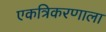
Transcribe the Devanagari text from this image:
एकत्रिकरणाला